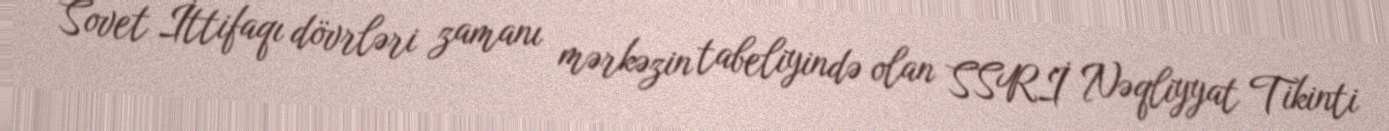
Sovet İttifaqı dövrləri zamanı mərkəzin tabeliyində olan SSRİ Nəqliyyat Tikinti